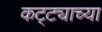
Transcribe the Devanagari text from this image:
कट्ट्याच्या